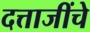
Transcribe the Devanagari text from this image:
दत्ताजींचे